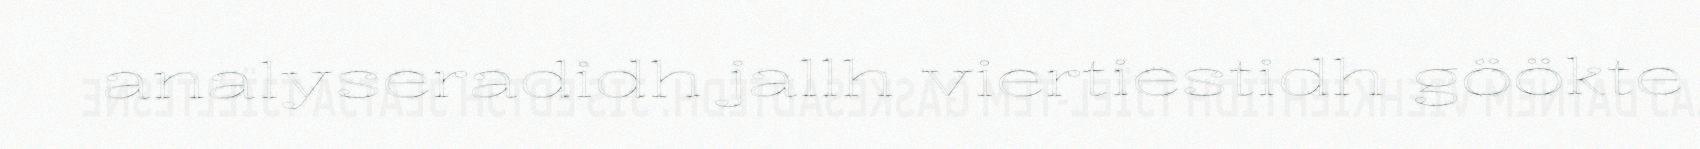
analyseradidh jallh viertiestidh göökte